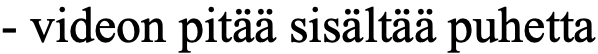
- videon pitää sisältää puhetta